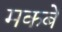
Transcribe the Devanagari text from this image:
मकबे